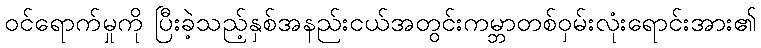
ဝင်ရောက်မှုကို ပြီးခဲ့သည့်နှစ်အနည်းငယ်အတွင်းကမ္ဘာတစ်ဝှမ်းလုံးရောင်းအား၏